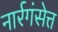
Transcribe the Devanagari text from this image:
नार्रगंसेत्त